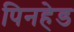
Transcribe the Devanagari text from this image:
पिनहेड